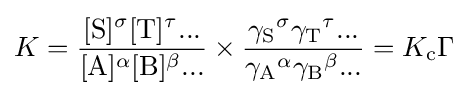
K={\frac {[\mathrm {S} ]^{\sigma }[\mathrm {T} ]^{\tau }...}{[\mathrm {A} ]^{\alpha }[\mathrm {B} ]^{\beta }...}}\times {\frac {{\gamma _{\mathrm {S} }}^{\sigma }{\gamma _{\mathrm {T} }}^{\tau }...}{{\gamma _{\mathrm {A} }}^{\alpha }{\gamma _{\mathrm {B} }}^{\beta }...}}=K_{\mathrm {c} }\Gamma